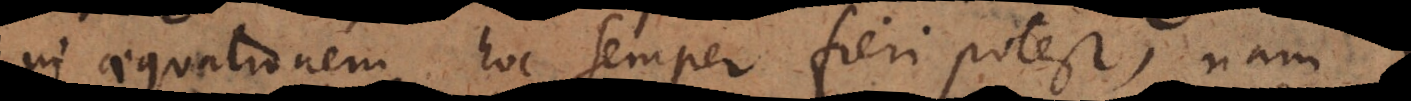
in aequationem, hoc semper fieri potest, nam